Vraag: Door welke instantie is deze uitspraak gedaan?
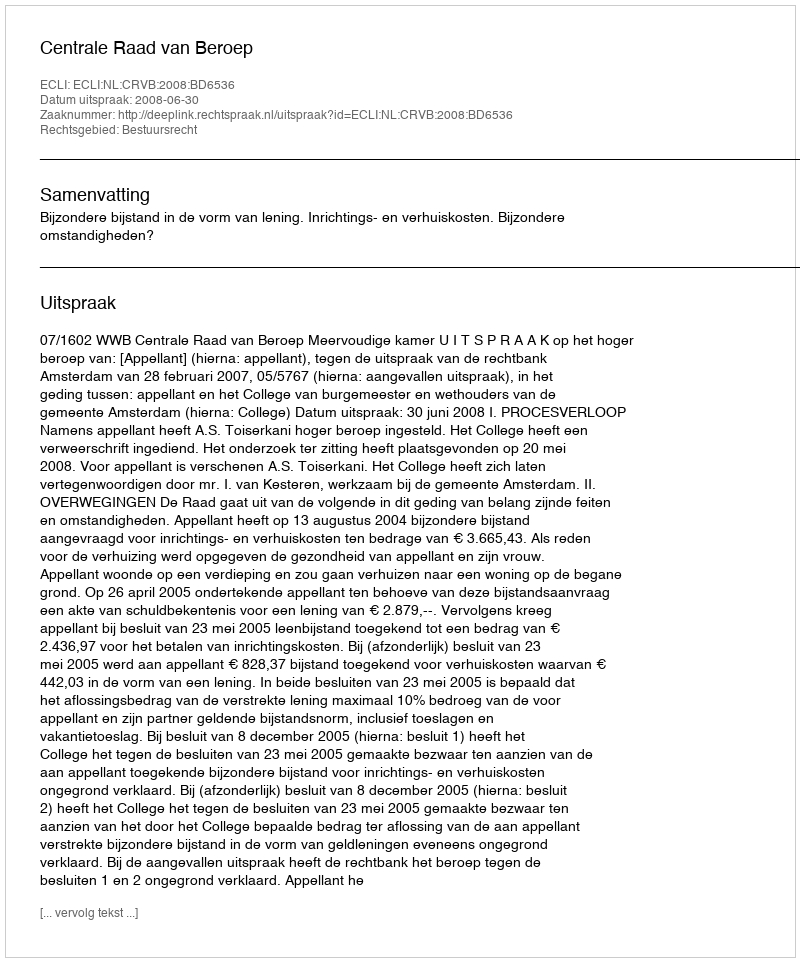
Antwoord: Centrale Raad van Beroep